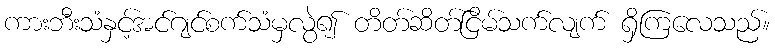
ကားဘီးသံနှင့်အင်ဂျင်စက်သံမှလွဲ၍ တိတ်ဆိတ်ငြိမ်သက်လျက် ရှိကြလေသည်။